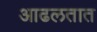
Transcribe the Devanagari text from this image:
आढलतात